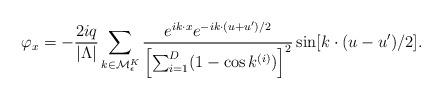
LaTeX: \begin{align*}\varphi_x=-\frac{2iq}{|\Lambda|}\sum_{k\in\mathcal{M}_\epsilon^K}\frac{e^{ik\cdot x}e^{-ik\cdot(u+u')/2}}{\Bigl[\sum_{i=1}^D(1-\cos k^{(i)})\Bigr]^2}\sin[k\cdot(u-u')/2].\end{align*}